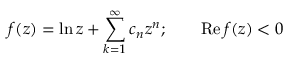
f ( z ) = \ln z + \sum _ { k = 1 } ^ { \infty } c _ { n } z ^ { n } ; \qquad \mathrm { R e } \, f ( z ) < 0